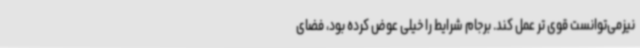
نیزمی‌توانست قوی تر عمل کند. برجام شرایط را خیلی عوض کرده بود، فضای